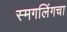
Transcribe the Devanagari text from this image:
स्मगलिंगचा